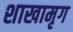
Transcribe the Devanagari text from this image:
शाखामृग